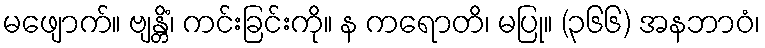
မဖျောက်။ ဗျန္တိံ၊ ကင်းခြင်းကို။ န ကရောတိ၊ မပြု။ (၃၆၆) အနဘာဝံ၊